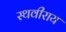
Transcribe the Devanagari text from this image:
स्थवीराय